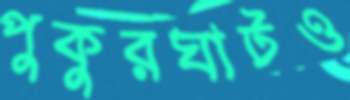
পুকুরঘাটও